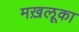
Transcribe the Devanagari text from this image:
मख़लूका